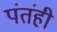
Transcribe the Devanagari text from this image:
पंतंही